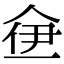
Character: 鿗